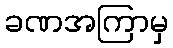
ခဏအကြာမှ